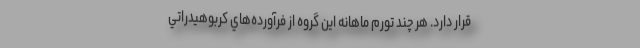
قرار دارد. هر چند تورم ماهانه اين گروه از فرآورده‌هاي كربوهيدراتي